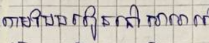
តាមបែបរៀននៅសាលា